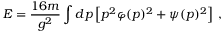
E = \frac { 1 6 m } { g ^ { 2 } } \int d p \left[ p ^ { 2 } \varphi ( p ) ^ { 2 } + \psi ( p ) ^ { 2 } \right] \, ,